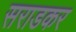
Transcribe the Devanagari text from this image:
सराडकर